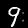
Label: 9